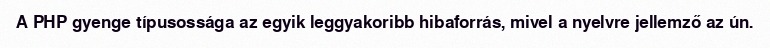
A PHP gyenge típusossága az egyik leggyakoribb hibaforrás, mivel a nyelvre jellemző az ún.